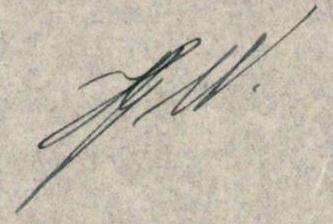
J. W.